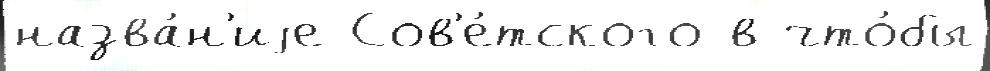
назва́н'иjе Сов'е́тского в что́бы